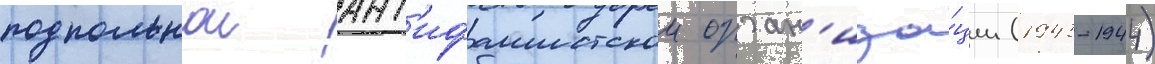
подпольнои ант'ифашистскои орган'иза́ции (1943-1944)